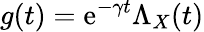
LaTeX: g(t)=\mathrm{e}^{-\gamma t}\Lambda_{X}(t)